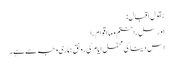
بقول اقبال:
او رسل را ختم و ما اقوام را
اس دینا کی محفل ایام کی رونق ہماری وجہ سے ہے۔